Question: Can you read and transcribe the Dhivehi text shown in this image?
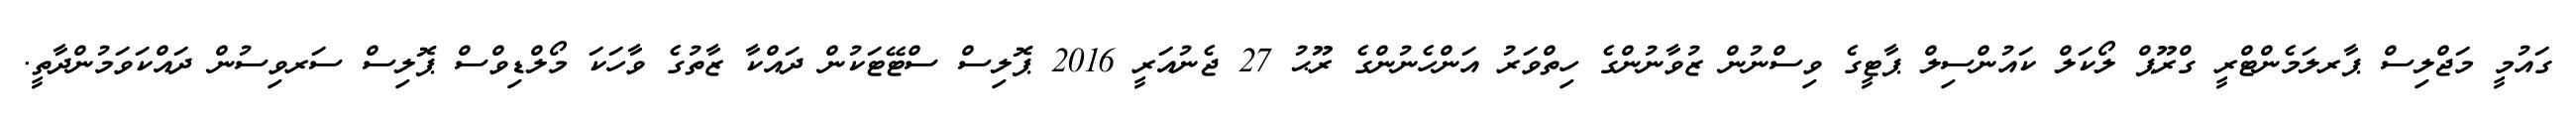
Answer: ގައުމީ މަޖްލިސް ޕާރލަމެންޓްރީ ގްރޫޕް ލޯކަލް ކައުންސިލް ޕާޓީގެ ވިސްނުން ޒުވާނުންގެ ހިތްވަރު އަންހެނުންގެ ރޫޙު 27 ޖެނުއަރީ 2016 ޕޮލިސް ސްޓޭޓަކުން ދައްކާ ޒާތުގެ ވާހަކަ މޯލްޑިވްސް ޕޮލިސް ސަރވިސުން ދައްކަވަމުންދާތީ.